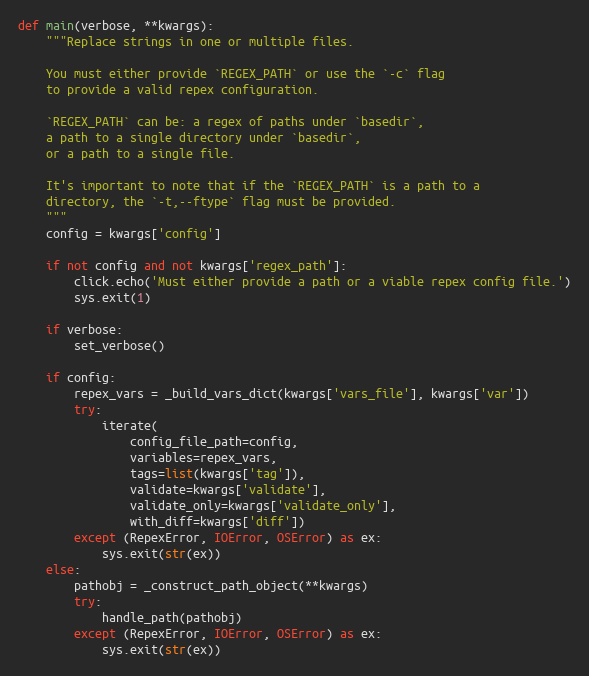
Language: Python
def main(verbose, **kwargs):
    """Replace strings in one or multiple files.

    You must either provide `REGEX_PATH` or use the `-c` flag
    to provide a valid repex configuration.

    `REGEX_PATH` can be: a regex of paths under `basedir`,
    a path to a single directory under `basedir`,
    or a path to a single file.

    It's important to note that if the `REGEX_PATH` is a path to a
    directory, the `-t,--ftype` flag must be provided.
    """
    config = kwargs['config']

    if not config and not kwargs['regex_path']:
        click.echo('Must either provide a path or a viable repex config file.')
        sys.exit(1)

    if verbose:
        set_verbose()

    if config:
        repex_vars = _build_vars_dict(kwargs['vars_file'], kwargs['var'])
        try:
            iterate(
                config_file_path=config,
                variables=repex_vars,
                tags=list(kwargs['tag']),
                validate=kwargs['validate'],
                validate_only=kwargs['validate_only'],
                with_diff=kwargs['diff'])
        except (RepexError, IOError, OSError) as ex:
            sys.exit(str(ex))
    else:
        pathobj = _construct_path_object(**kwargs)
        try:
            handle_path(pathobj)
        except (RepexError, IOError, OSError) as ex:
            sys.exit(str(ex))